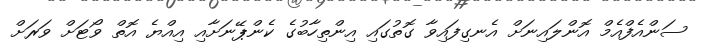
ސަންއެފްއެމް އޮންލައިނަށް އެނގިފައިވާ ގޮތުގައި އިންތިހާބުގެ ކެންޕޭނަށާއި އިއްޔެ އޮތް ވޯޓަށް ވަރަށް